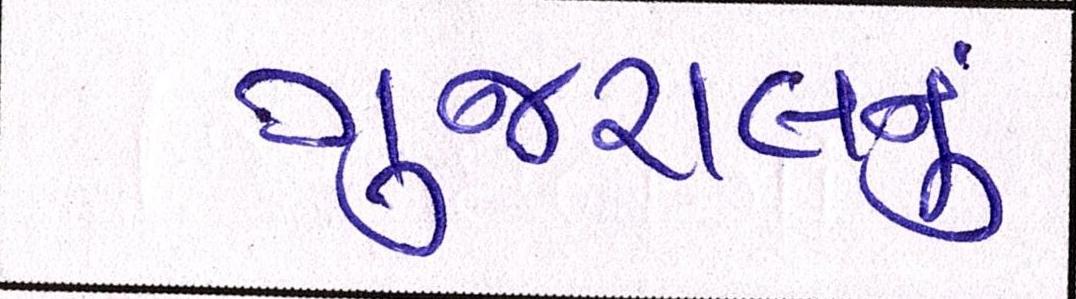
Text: ગુજરાલનું